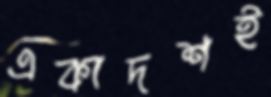
একাদশই